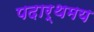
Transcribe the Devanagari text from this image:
पदार्थमय